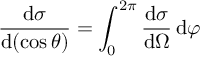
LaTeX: { \frac { \mathrm { d } \sigma } { \mathrm { d } ( \cos \theta ) } } = \int _ { 0 } ^ { 2 \pi } { \frac { \mathrm { d } \sigma } { \mathrm { d } \Omega } } \, \mathrm { d } \varphi